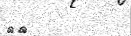
٢٧